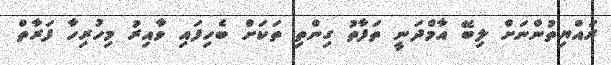
ރައްޔިތުންނަށް ލިބޭ އާމްދަނީ ތަފާތު ގިންތި ތަކަށް ބެހިފައި ވާއިރު މިހުރިހާ ފަރާތް